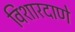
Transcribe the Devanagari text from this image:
विशारदाणे